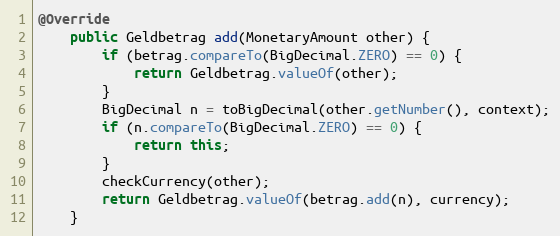
Language: Java
@Override
    public Geldbetrag add(MonetaryAmount other) {
        if (betrag.compareTo(BigDecimal.ZERO) == 0) {
            return Geldbetrag.valueOf(other);
        }
        BigDecimal n = toBigDecimal(other.getNumber(), context);
        if (n.compareTo(BigDecimal.ZERO) == 0) {
            return this;
        }
        checkCurrency(other);
        return Geldbetrag.valueOf(betrag.add(n), currency);
    }